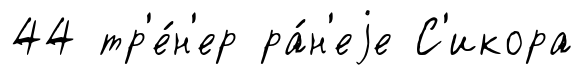
44 тр'е́н'ер ра́н'еjе С'икора